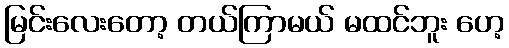
မြင်းလေးတော့ တယ်ကြာမယ် မထင်ဘူး ဟေ့